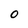
Character: o